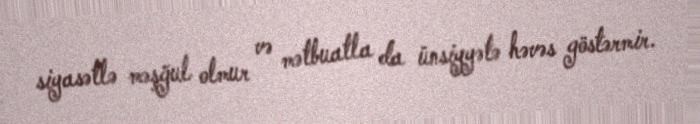
siyasətlə məşğul olmur və mətbuatla da ünsiyyətə həvəs göstərmir.